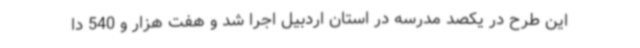
این طرح در یکصد مدرسه در استان اردبیل اجرا شد و هفت هزار و 540 دا